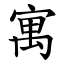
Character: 寓